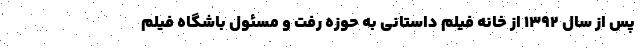
پس از سال 1392 از خانه فیلم داستانی به حوزه رفت و مسئول باشگاه فیلم